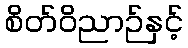
စိတ်ဝိညာဉ်နှင့်